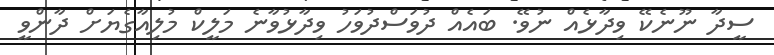
ސީދާ ނޫނެކޭ ވިދާޅެއް ނުވޭ. ބައެއް ދުވަސްދުވަހު ވިދާޅުވާނެ މަލީކް މުލިއާގެޔަށް ދާންވީ